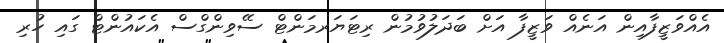
އެއްވަޒީފާއިން އަނެއް ވަޒީފާ އަށް ބަދަލުވުމުން ރިޓަޔަރމަންޓް ސޭވިންގްސް އެކައުންޓް ގައި ހުރި